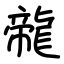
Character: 㡣